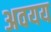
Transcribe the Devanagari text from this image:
अवयय